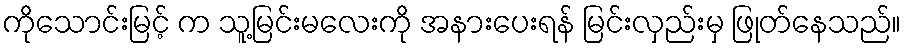
ကိုသောင်းမြင့် က သူ့မြင်းမလေးကို အနားပေးရန် မြင်းလှည်းမှ ဖြုတ်နေသည်။